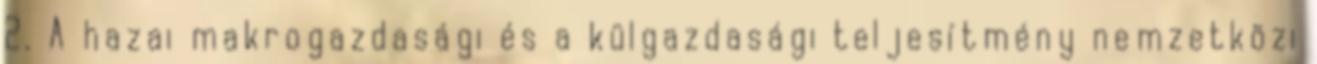
2. A hazai makrogazdasági és a külgazdasági teljesítmény nemzetközi